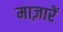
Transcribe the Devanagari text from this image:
माज़ारें